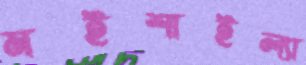
মইশাইল্যা